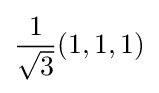
{\frac {1}{\sqrt {3}}}(1,1,1)